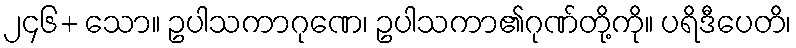
၂၄၆+ သော။ ဥပါသကာဂုဏေ၊ ဥပါသကာ၏ဂုဏ်တို့ကို။ ပရိဒီပေတိ၊